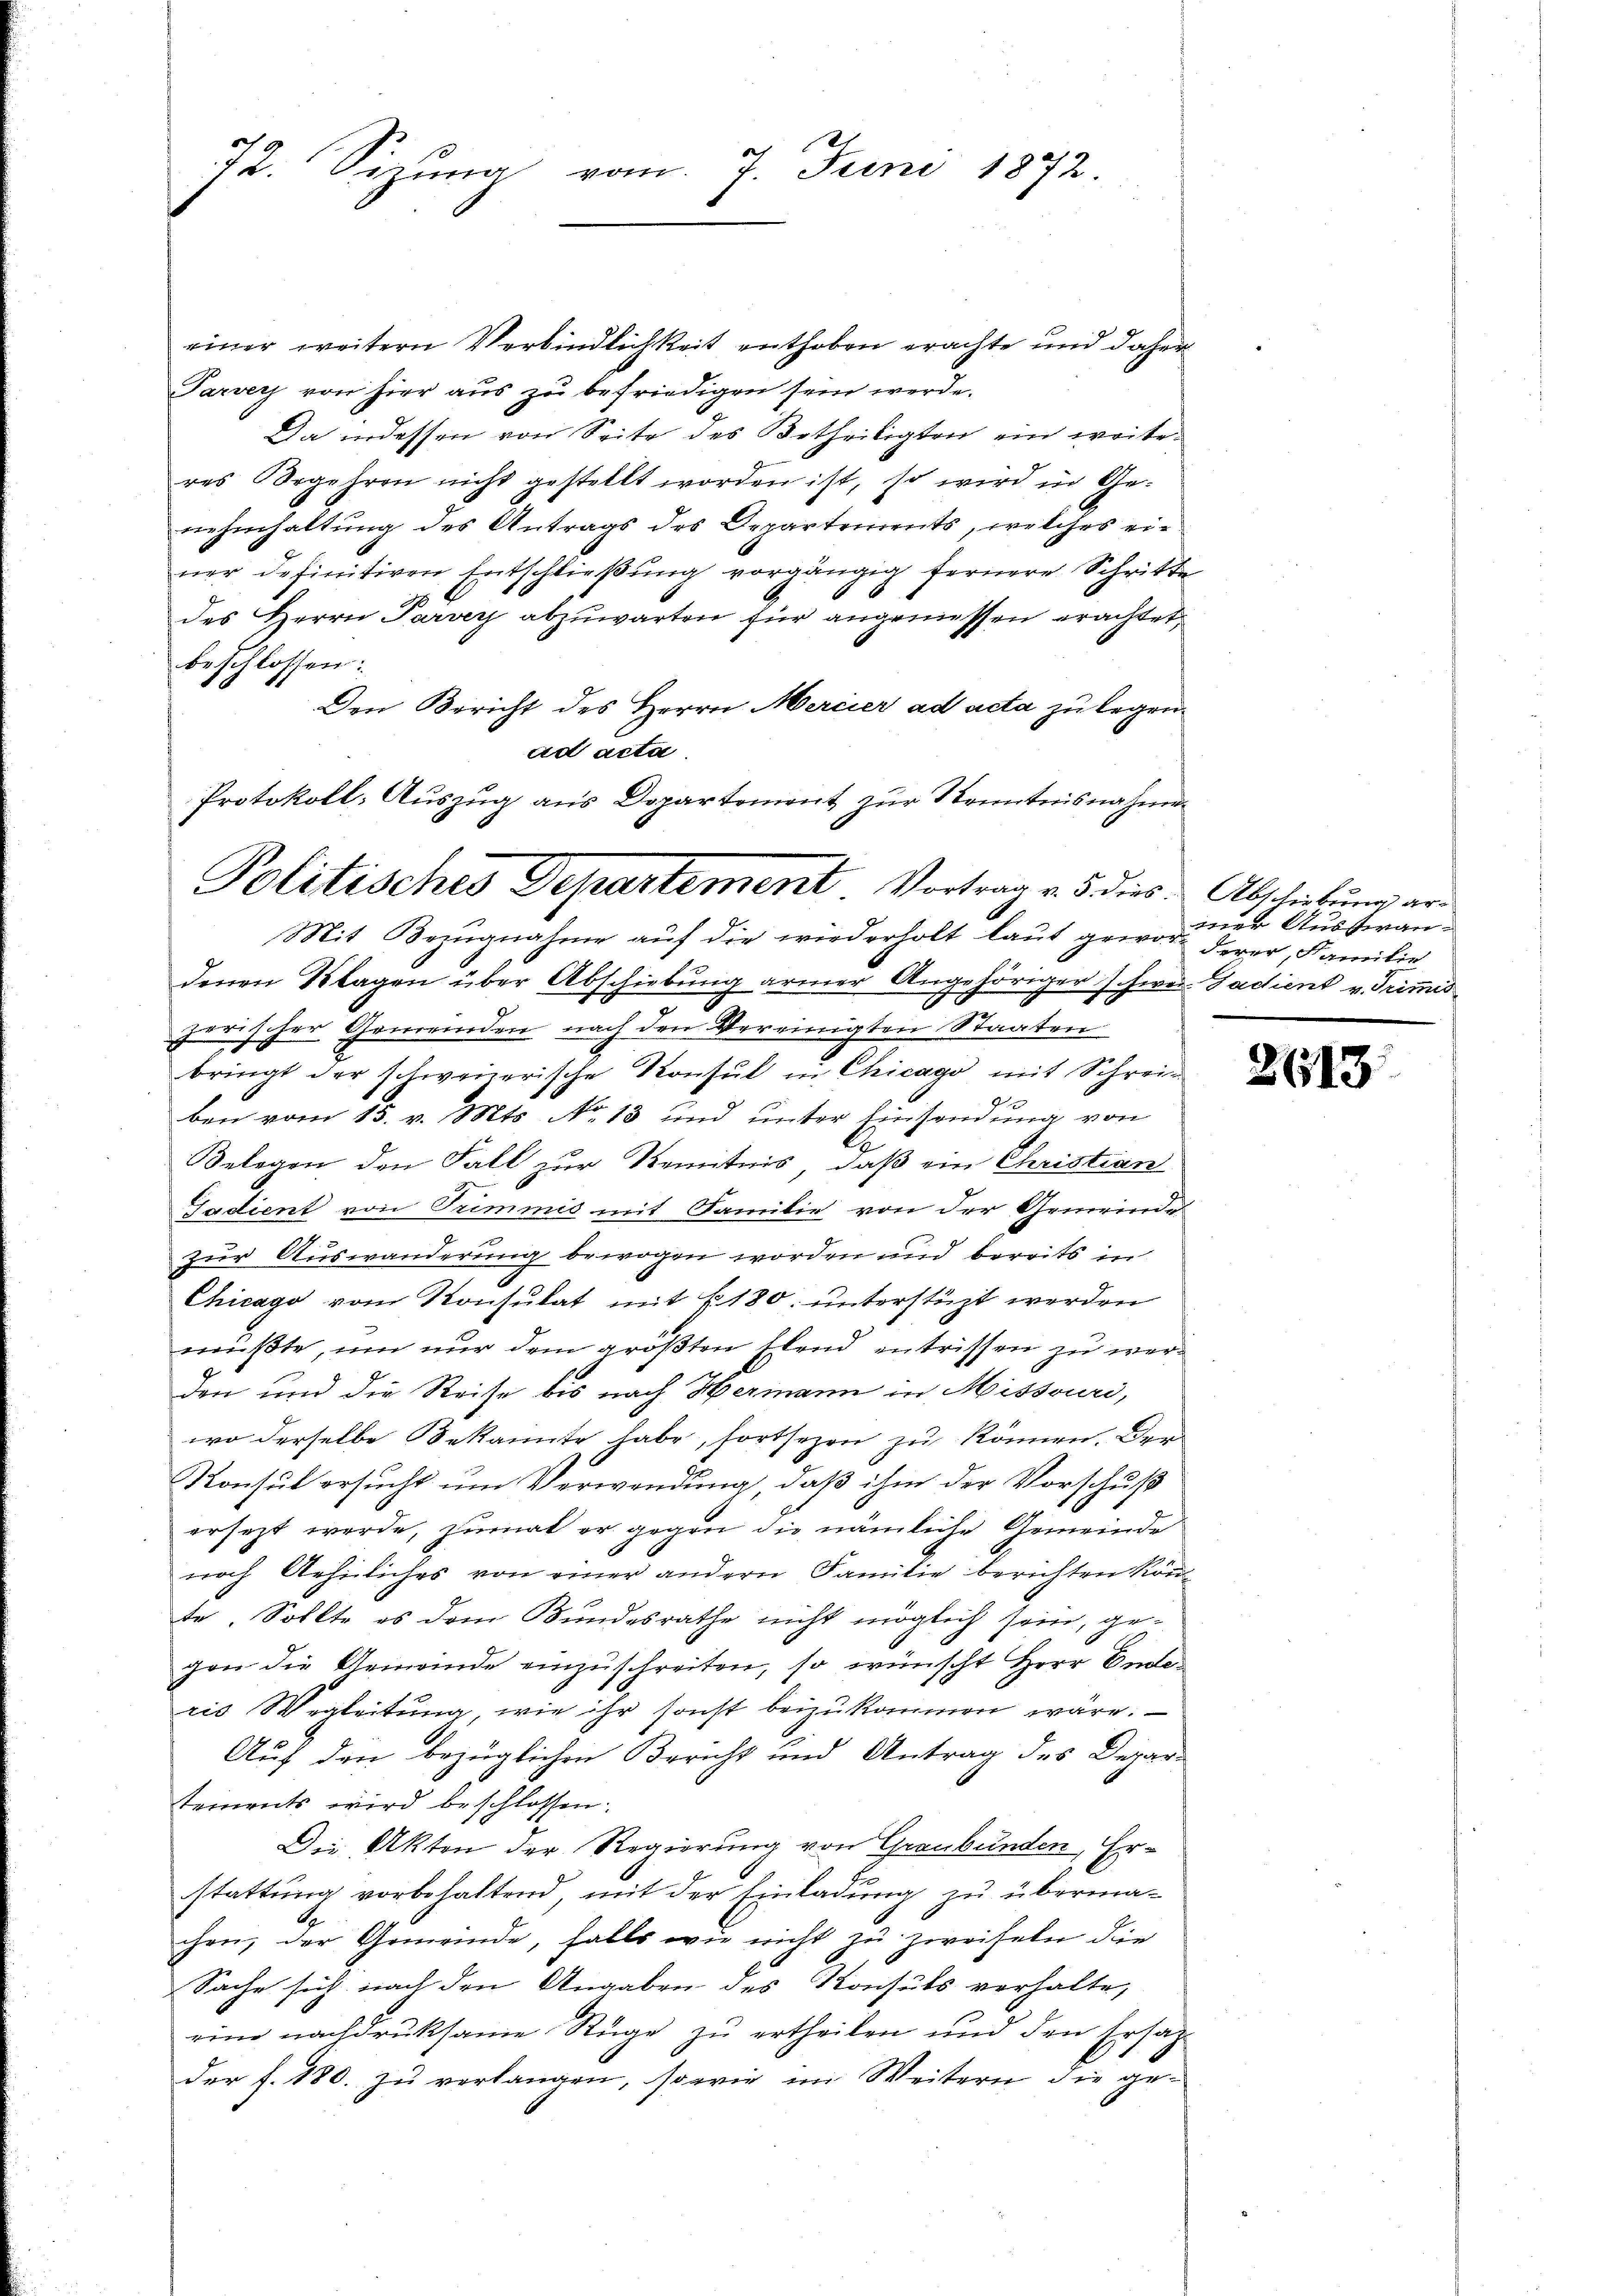
einer weitern Verbindlichkeit enthoben erachte und daher
Parvey von hier aus zu befriedigen sein werde.
Da indessen von Seite des Betheiligten ein weiteres Begehren nicht gestellt worden ist, so wird in Ge-
nehmhaltung des Antrags des Departements, welches einer definitiven Entschließung vorgängig fernere Schritte
des Herrn Parrer abzuwarten für angemessen erachtet,
beschlossen:
Den Bericht des Herrn Mercier ad acta zu legen
ad acta
denen Klagen über Abschiebung armer Angehöriger schwer Facient v. Grimis
I
c
zerischer Gemeinden nach den Vereinigten Staaten
bringt der schwanerische Konsul in Chicago mit Schreiben vom 15. v. Mts. No 13 und unter Einsendung von
l
Belegen den Fall zur Kenntnis, daß ein Christian
Gadient von Trimmis mit Familie von der Gemeinde
zur Auswanderung bewogen worden und bereits in
Chicago vom Konsulat mit 180. unterstüzt werden
mußte, um nur dem größten Elend entrissen zu werden und die Reise bis nach Hermann in Missouri,
wo derselbe Bekannte habe, fortsezen zu können. Der
Konsul ersucht um Verwendung, daß ihm der Vorschuß
ersezt werde, zumal er gegen die nämliche Gemeinde
noch Aehnliches von einer andern Familie berichten könte. Sollte es dem Bundesrathe nicht möglich sein, gegen die Gemeinde einzuschreiten, so wünscht Herr Inter
ris Wegleitung, wie ihr sonst beizukommen wäre.
Auf den bezüglichen Bericht und Antrag des Departements wird beschlossen:
Die Akten der Regierung von Graubünden, Erstattung vorbehaltend, mit der Einladung zu übermachen, der Gemeinde, falls wie nicht zu zweifeln die
Sache sich nach den Angaben des Konsuls verhalte,
eine nachdruksame Rüge zu ertheilen und den Ersatz
der f. 180. zu verlangen, sowie im Weitern die ge-

72. Sizung vom 7. Juni 1872

Protokoll- Auszug aus Dopartement zur Kenntnisnahmen
Politisches Departement Vortrag v. 5. dies Abschiebung er¬
Mit Bezugnahme auf die wiederholt laut geworderer Familie

iner Ausseran¬

2613.